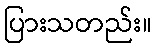
ပြားသတည်း။